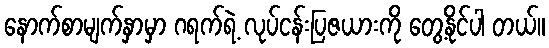
နောက်စာမျက်နှာမှာ ဂရက်ရဲ့ လုပ်ငန်းပြဇယားကို တွေ့နိုင်ပါ တယ်။